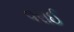
વરાઈ